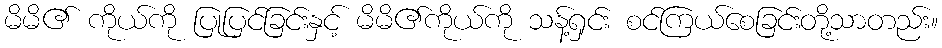
မိမိ၏ ကိုယ်ကို ပြုပြင်ခြင်းနှင့် မိမိ၏ကိုယ်ကို သန့်ရှင်း စင်ကြယ်စေခြင်းတို့သာတည်း။